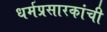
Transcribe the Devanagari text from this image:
धर्मप्रसारकांची